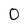
Character: 0